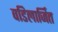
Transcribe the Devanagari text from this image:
वडिलार्जित